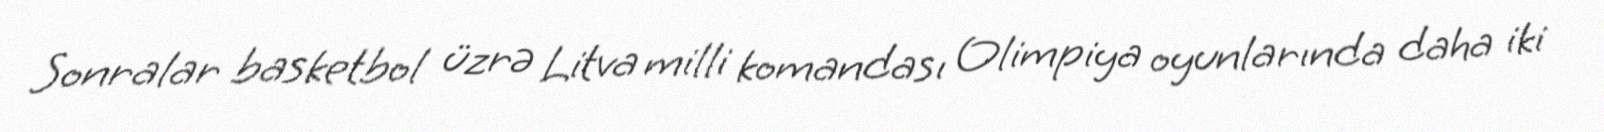
Sonralar basketbol üzrə Litva milli komandası Olimpiya oyunlarında daha iki